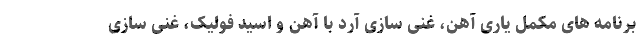
برنامه های مکمل یاری آهن، غنی سازی آرد با آهن و اسید فولیک، غنی سازی